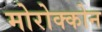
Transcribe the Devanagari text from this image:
मोरोक्कोन